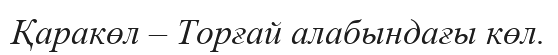
Қаракөл – Торғай алабындағы көл.